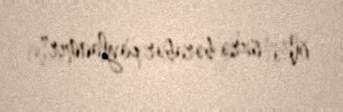
ölkə üzrə bərabər paylanmır".